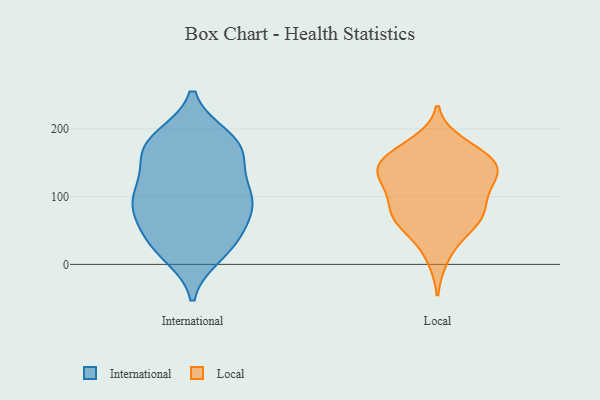
{"axis": {"x": "Inventory Turnover", "y": "Value"}, "legend": ["International", "Local"], "data": [{"x": "", "y": 88, "type": "International"}, {"x": "", "y": 184, "type": "International"}, {"x": "", "y": 166, "type": "International"}, {"x": "", "y": 46, "type": "International"}, {"x": "", "y": 162, "type": "International"}, {"x": "", "y": 120, "type": "International"}, {"x": "", "y": 132, "type": "International"}, {"x": "", "y": 32, "type": "International"}, {"x": "", "y": 102, "type": "International"}, {"x": "", "y": 93, "type": "International"}, {"x": "", "y": 93, "type": "International"}, {"x": "", "y": 187, "type": "International"}, {"x": "", "y": 172, "type": "International"}, {"x": "", "y": 84, "type": "International"}, {"x": "", "y": 39, "type": "International"}, {"x": "", "y": 79, "type": "International"}, {"x": "", "y": 15, "type": "International"}, {"x": "", "y": 22, "type": "International"}, {"x": "", "y": 178, "type": "International"}, {"x": "", "y": 50, "type": "Local"}, {"x": "", "y": 95, "type": "Local"}, {"x": "", "y": 148, "type": "Local"}, {"x": "", "y": 87, "type": "Local"}, {"x": "", "y": 74, "type": "Local"}, {"x": "", "y": 10, "type": "Local"}, {"x": "", "y": 130, "type": "Local"}, {"x": "", "y": 162, "type": "Local"}, {"x": "", "y": 123, "type": "Local"}, {"x": "", "y": 131, "type": "Local"}, {"x": "", "y": 81, "type": "Local"}, {"x": "", "y": 178, "type": "Local"}, {"x": "", "y": 149, "type": "Local"}, {"x": "", "y": 145, "type": "Local"}, {"x": "", "y": 165, "type": "Local"}, {"x": "", "y": 129, "type": "Local"}, {"x": "", "y": 57, "type": "Local"}, {"x": "", "y": 65, "type": "Local"}]}